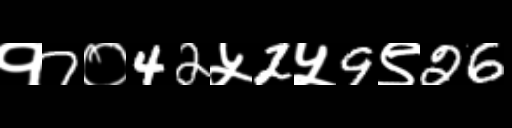
Text: १7०42५2५9९26